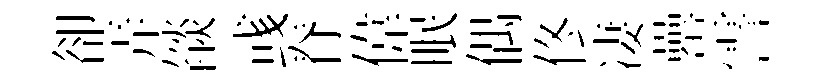
卻弄燄彧脊偉眠偶佟凄罍霅